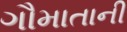
ગૌમાતાની